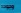
وجوده